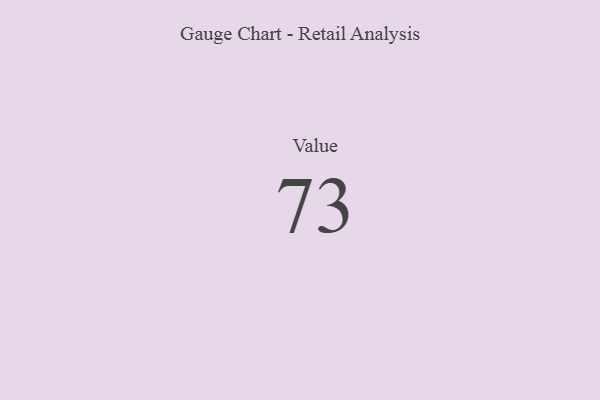
{"axis": {"x": "Metric", "y": "Value"}, "legend": [""], "data": [{"x": "Value", "y": 73, "type": ""}]}